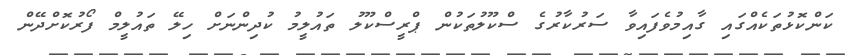
ކަންކޮޅުތަކެއްގައި ގާއިމުވެފައިވާ ސަރުކާރުގެ ސްކޫލުތަކުން ޕްރީސްކޫލު ތައުލީމު ކުދިންނަށް ހިލޭ ތައުލީމް ފޯރުކޮށްދޭން